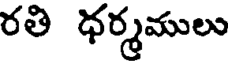
రతి ధర్మములు